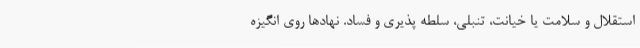
استقلال و سلامت یا خیانت، تنبلی، سلطه پذیری و فساد. نهادها روی انگیزه